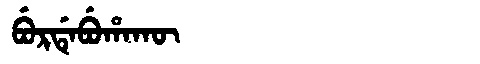
Manchu: ᠪᡠᡵᡩᡝᠪᡠᡥᠠᡴᡡ
Romanization: BURDEBUHAKŪ